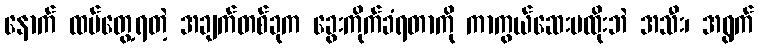
နောက် ထပ်တွေ့ရတဲ့ အချက်တစ်ခုက ခွေးကိုက်ခံရတာကို ကာကွယ်ဆေးမထိုးဘဲ အသီး၊ အရွက်